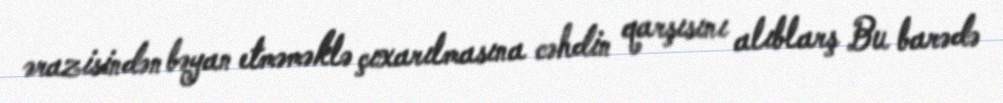
ərazisindən bəyan etməməklə çıxarılmasına cəhdin qarşısını alıblarş Bu barədə